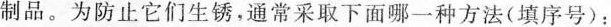
制品。为防止它们生锈，通常采取下面哪一种方法(填序号)：